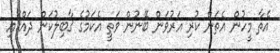
އެތާ މީހުން އެތަން ކުރި އަރުވަން ބޭނުން ވަތީ އެކަމުގެ ޤާބިލުކަން ދައްކައި